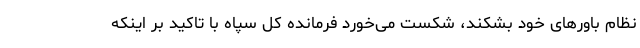
نظام باورهای خود بشکند، شکست می‌خورد فرمانده کل سپاه با تاکید بر اینکه